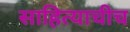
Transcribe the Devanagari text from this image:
साहित्याचीच